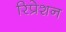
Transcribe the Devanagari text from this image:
रिप्रेशन